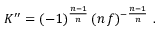
K ^ { \prime \prime } = ( - 1 ) ^ { \frac { n - 1 } { n } } \, ( n \, f ) ^ { - \frac { n - 1 } { n } } \ .